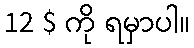
12 $ ကို ရမှာပါ။